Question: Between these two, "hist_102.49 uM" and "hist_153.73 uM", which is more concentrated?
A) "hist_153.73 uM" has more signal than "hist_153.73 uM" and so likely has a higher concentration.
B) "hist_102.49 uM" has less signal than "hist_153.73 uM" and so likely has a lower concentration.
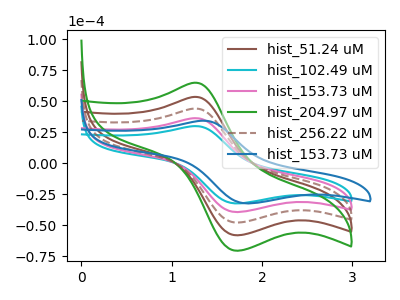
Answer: <think>The brown curve "hist_51.24 uM" has an anodic peak at (1.25V, 108.75uA) and a cathodic peak at (1.75V, -118.60uA). The cyan curve "hist_102.49 uM" has an anodic peak at (1.25V, 29.85uA) and a cathodic peak at (1.75V, -32.55uA). The pink curve "hist_153.73 uM" has an anodic peak at (1.25V, 36.25uA) and a cathodic peak at (1.75V, -39.55uA). The green curve "hist_204.97 uM" has an anodic peak at (1.25V, 145.05uA) and a cathodic peak at (1.75V, -158.15uA). The brown dashed curve "hist_256.22 uM" has an anodic peak at (1.25V, 72.50uA) and a cathodic peak at (1.75V, -79.10uA). The blue curve "hist_153.73 uM" has an anodic peak at (1.35V, 34.20uA) and a cathodic peak at (1.85V, -32.55uA).
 All the peaks in "hist_102.49 uM" have a peak in "hist_153.73 uM" at the same potential. Every peak in "hist_102.49 uM" is lower than every peak in "hist_153.73 uM".</think>
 <answer>B) "hist_102.49 uM" has less signal than "hist_153.73 uM" and so likely has a lower concentration.</answer>
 <eval>B</eval>